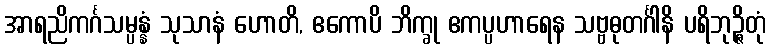
အာရညိကင်္ဂသမ္ပန္နံ သုသာနံ ဟောတိ, ဧကောပိ ဘိက္ခု ဧကပ္ပဟာရေန သဗ္ဗဓုတင်္ဂါနိ ပရိဘုဉ္ဇိတုံ